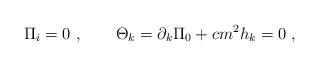
LaTeX: \begin{align*}\Pi _{i}=0\ ,\qquad \Theta _{k}=\partial _{k}\Pi _{0}+cm^{2}h_{k}=0\ ,\end{align*}